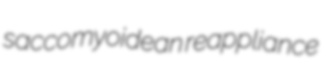
saccomyoidean reappliance